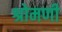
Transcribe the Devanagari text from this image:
श्रोमणी